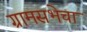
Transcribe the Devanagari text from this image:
ग्रामसभेचा